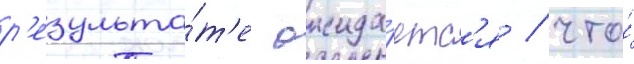
р'езульта́т'е ожида́етс'я / что́